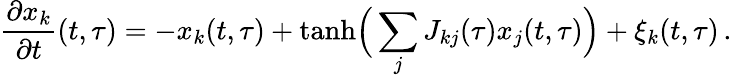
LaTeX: \frac{\partial x_{k}}{\partial t}(t,\tau)=-x_{k}(t,\tau)+\mathrm{tanh}\Big(\sum_{j}J_{kj}(\tau)x_{j}(t,\tau)\Big)+\xi_{k}(t,\tau)\, .